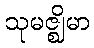
သုမဇ္ဈိမာ